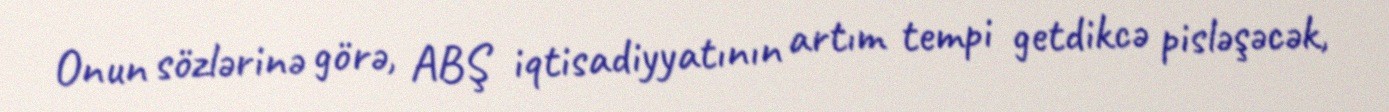
Onun sözlərinə görə, ABŞ iqtisadiyyatının artım tempi getdikcə pisləşəcək,